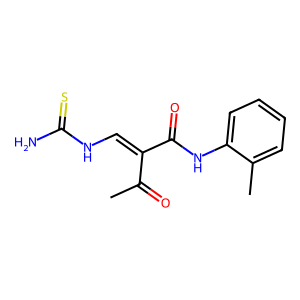
SMILES: CC(=O)C(=CNC(N)=S)C(=O)Nc1ccccc1C
Inhibits HIV replication: No